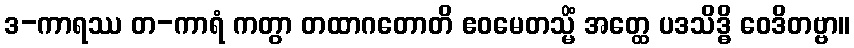
ဒ-ကာရဿ တ-ကာရံ ကတွာ တထာဂတောတိ ဧဝမေတသ္မိံ အတ္ထေ ပဒသိဒ္ဓိ ဝေဒိတဗ္ဗာ။